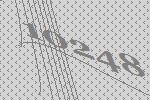
10248